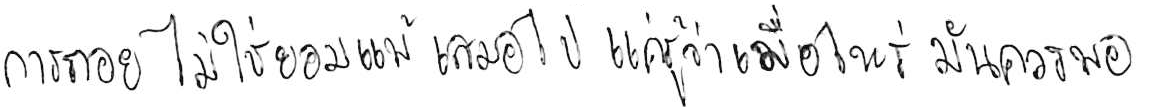
การถอย ไม่ใช่ยอมแพ้ เสมอไป แค่รู้ว่าเมื่อไหร่ มันควรพอ